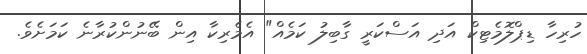
ހުރިހާ ޑިޕްލޮމެޓިކް އަދި އަސްކަރީ ގާބިލު ކަމެއް" އެމެރިކާ އިން ބޭނުންކުރާނެ ކަމަށެވެ.